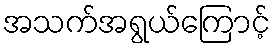
အသက်အရွယ်ကြောင့်